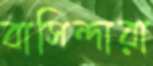
বাসিন্দারা